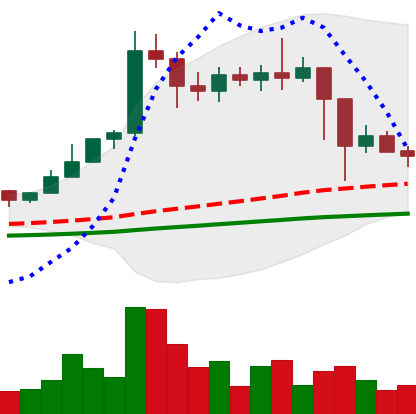
Ticker: ETC-USD
Chart end date: 2021-02-26
Forward return: 5.261%
Label: up_5_7